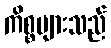
ကိစ္စများသည်